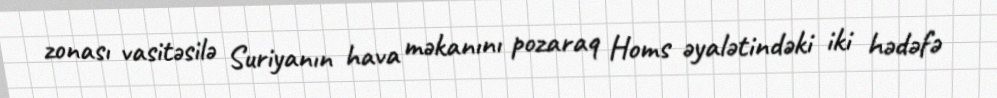
zonası vasitəsilə Suriyanın hava məkanını pozaraq Homs əyalətindəki iki hədəfə